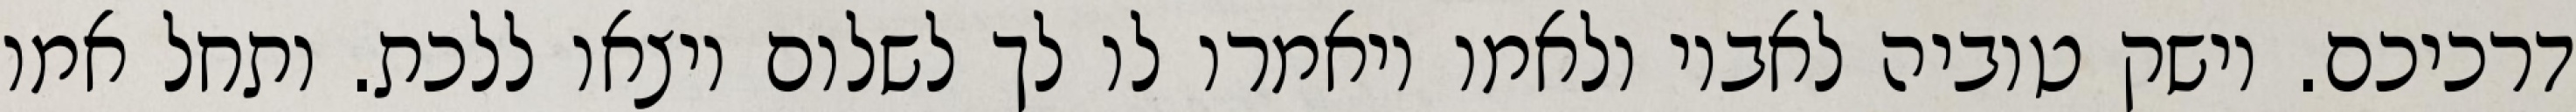
דרכיכם. וישק טוביה לאביו ולאמו ויאמרו לו לך לשלום ויצאו ללכת. ותחל אמו